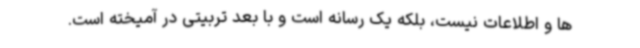
ها و اطلاعات نیست، بلکه یک رسانه است و با بعد تربیتی در آمیخته است.